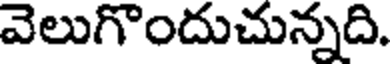
వెలుగొందుచున్నది.